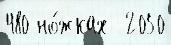
480 но́жках  2050